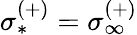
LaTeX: \sigma_{*}^{(+)}=\sigma_{\infty}^{(+)}